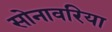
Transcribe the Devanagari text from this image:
सोनावरिया